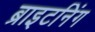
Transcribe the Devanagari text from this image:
ब्राइटनिंग